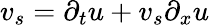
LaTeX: v_{s}=\partial_{t}u+v_{s}\partial_{x}u